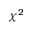
\chi ^ { 2 }